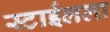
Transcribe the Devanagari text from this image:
स्टाईलला